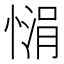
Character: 𪬙